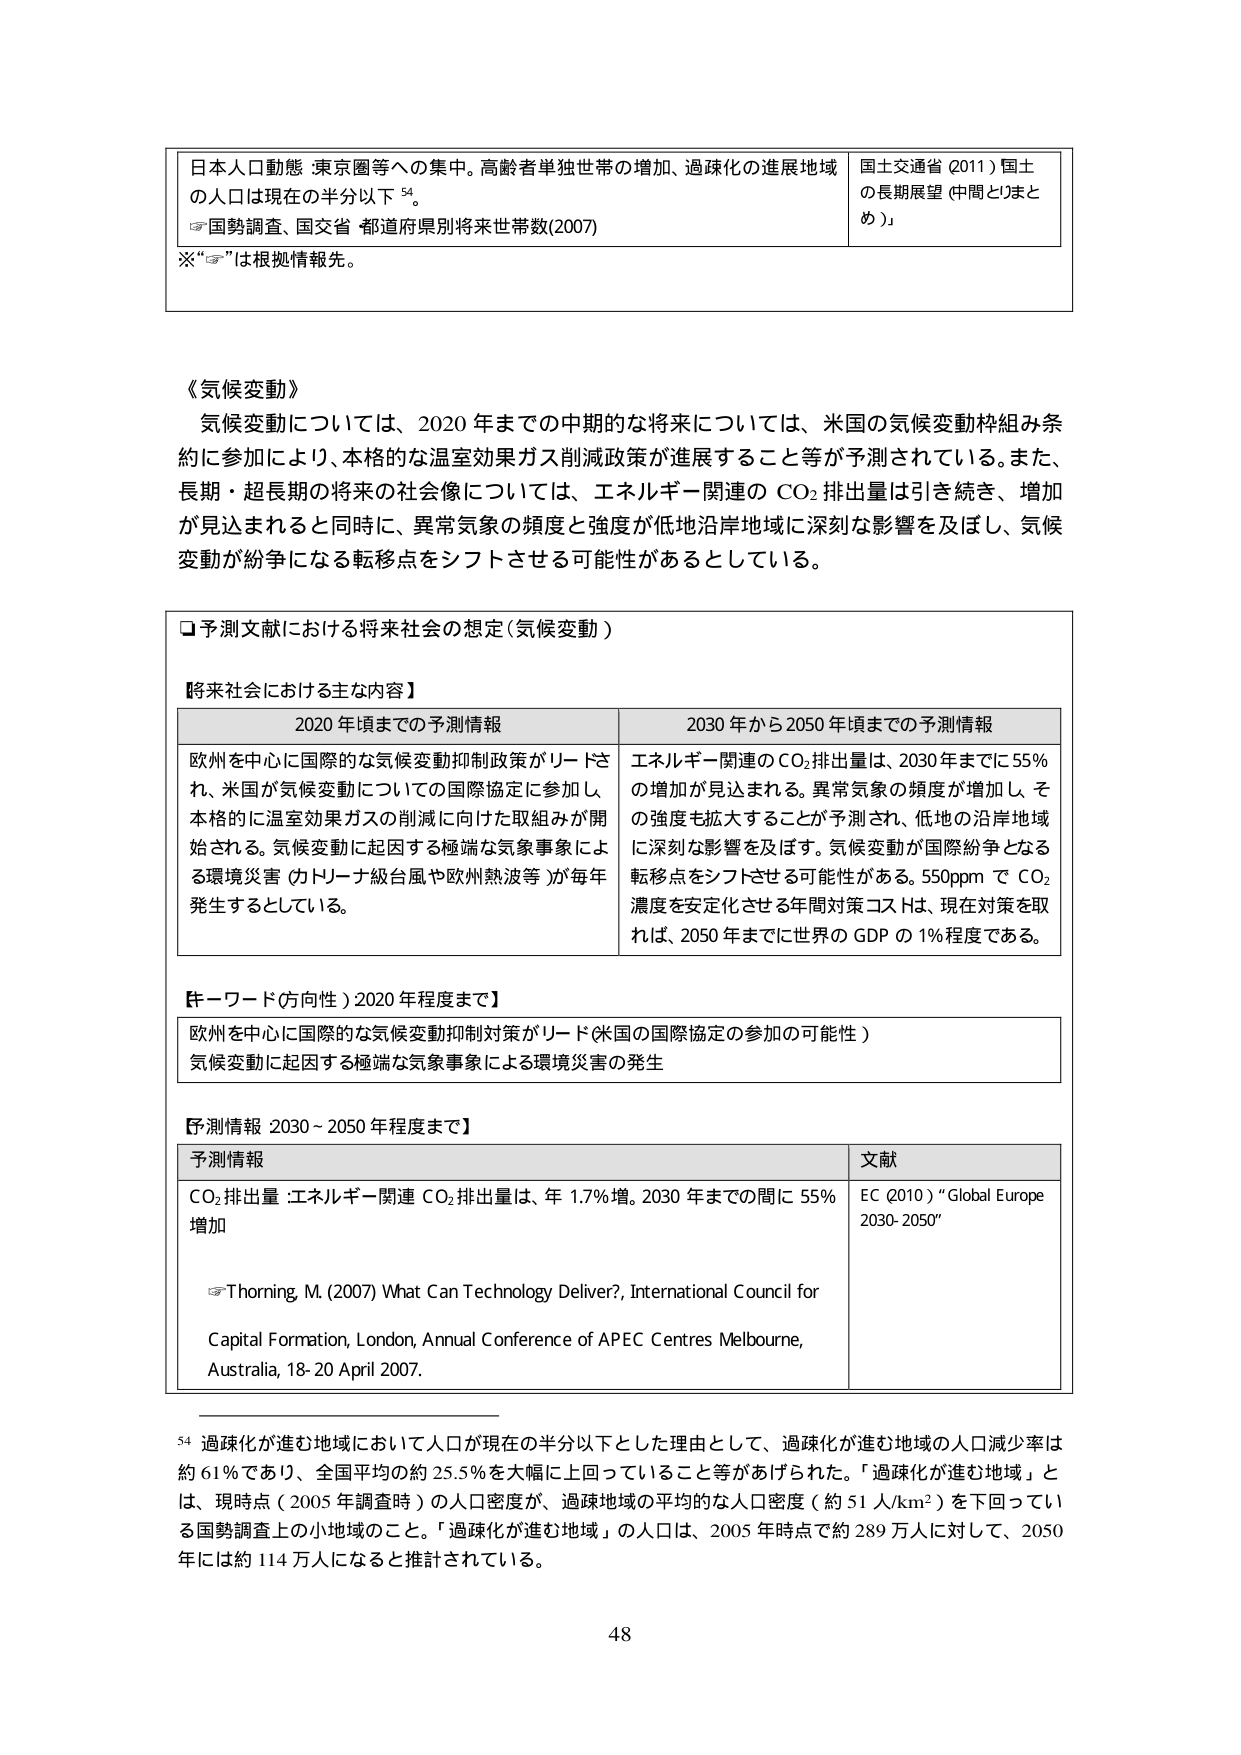
日本人口動態：東京圏等への集中。高齢者単独世帯の増加、過疎化の進展地域の人口は現在の半分以下⁵⁴。
国勢調査、国交省 都道府県別将来世帯数(2007)
※“☞”は根拠情報先。
国土交通省（2011）国土の長期展望（中間とりまとめ）

《気候変動》
気候変動については、2020年までの中期的な将来については、米国の気候変動枠組み条約に参加により、本格的な温室効果ガス削減政策が進展すること等が予測されている。また、長期・超長期の将来の社会像については、エネルギー関連のCO₂排出量は引き続き、増加が見込まれると同時に、異常気象の頻度と強度が低地沿岸地域に深刻な影響を及ぼし、気候変動が紛争になる転移点をシフトさせる可能性があるとしている。

□予測文献における将来社会の想定（気候変動）

【将来社会における主な内容】
2020年頃までの予測情報
欧州を中心に国際的な気候変動抑制政策がリードされ、米国が気候変動についての国際協定に参加し、本格的に温室効果ガスの削減に向けた取組みが開始される。気候変動に起因する極端な気象事象による環境災害（カトリーナ級台風や欧州熱波等）が毎年発生するとしている。
2030年から2050年頃までの予測情報
エネルギー関連のCO₂排出量は、2030年までに55％の増加が見込まれる。異常気象の頻度が増加し、その強度も拡大することが予測され、低地の沿岸地域に深刻な影響を及ぼす。気候変動が国際紛争となる転移点をシフトさせる可能性がある。550ppmでCO₂濃度を安定化させる年間対策コストは、現在対策を取れば、2050年までに世界のGDPの1％程度である。

【キーワード（方向性）2020年程度まで】
欧州を中心に国際的な気候変動抑制対策がリード（米国の国際協定の参加の可能性）
気候変動に起因する極端な気象事象による環境災害の発生

【予測情報 2030－2050年程度まで】
予測情報
CO₂排出量：エネルギー関連CO₂排出量は、年1.7％増。2030年までの間に55％増加
☞Thorning, M. (2007) What Can Technology Deliver?, International Council for Capital Formation, London, Annual Conference of APEC Centres Melbourne, Australia, 18-20 April 2007.
文献
EC (2010) “Global Europe 2030-2050”

⁵⁴ 過疎化が進む地域において人口が現在の半分以下とした理由として、過疎化が進む地域の人口減少率は約61％であり、全国平均の約25.5％を大幅に上回っていること等があげられた。「過疎化が進む地域」とは、現時点（2005年調査時）の人口密度が、過疎地域の平均的な人口密度（約51人/km²）を下回っている国勢調査上の小地域のこと。「過疎化が進む地域」の人口は、2005年時点で約289万人に対して、2050年には約114万人になると推計されている。

48